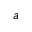
a